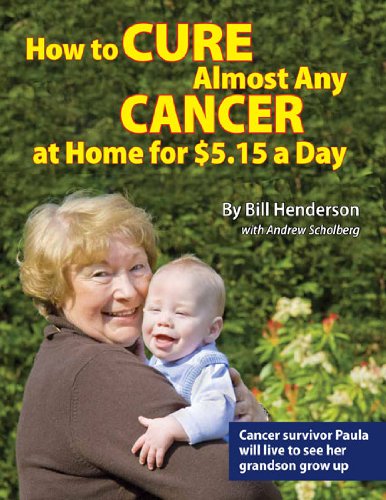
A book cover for How to Cure Almost Any Cancer at Home for $5.15 a Day; Bill Henderson; Education & Teaching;